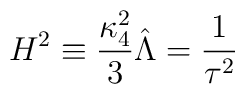
H^2\equiv \frac{\kappa_4^2}{3}\hat \Lambda =\frac{1}{\tau^2}